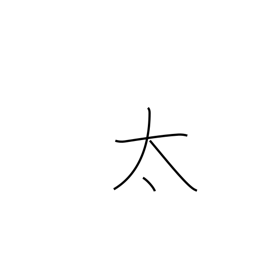
Meaning: thick